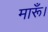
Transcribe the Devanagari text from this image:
मारूँ।